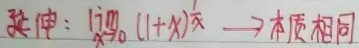
延伸：$\lim_{x \to 0}(1 + x)^{\frac{1}{x}} \longrightarrow$ 本质相同